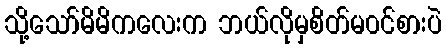
သို့သော်မိမိကလေးက ဘယ်လိုမှစိတ်မ၀င်စားပဲ